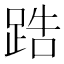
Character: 𨁒